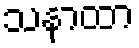
သနာထာ